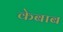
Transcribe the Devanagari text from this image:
केबाब